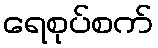
ရေစုပ်စက်